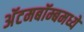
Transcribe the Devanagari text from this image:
अॅटमबॉम्बमध्ये